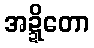
အဍ္ဍိတော